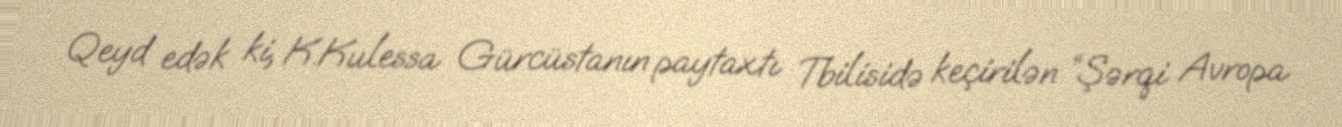
Qeyd edək ki, K.Kulessa Gürcüstanın paytaxtı Tbilisidə keçirilən “Şərqi Avropa